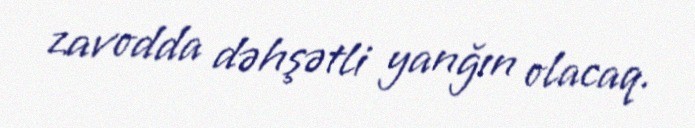
zavodda dəhşətli yanğın olacaq.